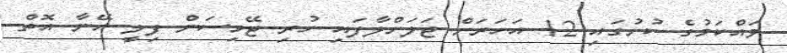
ވައްކަމުގެ ކުށުގައި 12 އަހަރަށް ޖަލަށްލާފައި ހުރި ޖޭމިސަން ފިލީ އޭނާ އޮތް